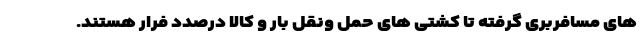
های مسافربری گرفته تا کشتی های حمل ونقل بار و کالا درصدد فرار هستند.